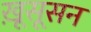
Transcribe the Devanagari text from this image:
ख़ूसूसन